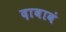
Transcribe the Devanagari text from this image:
दाबावं